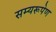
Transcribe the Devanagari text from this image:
सम्यरूपेण